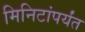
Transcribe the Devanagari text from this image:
मिनिटांपर्यंत